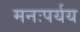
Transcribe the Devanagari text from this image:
मनःपर्यय